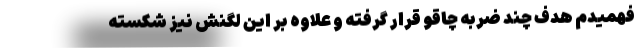
فهمیدم هدف چند ضربه چاقو قرار گرفته و علاوه بر این لگنش نیز شکسته